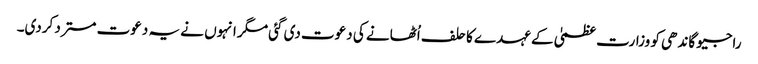
راجیو گاندھی کو وزارت عظمیٰ کے عہدے کا حلف اُٹھانے کی دعوت دی گئی مگر انہوں نے یہ دعوت مسترد کردی۔